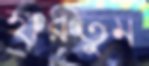
হারতুম